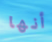
أنها